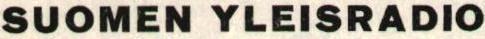
SUOMEN YLEISRADIO